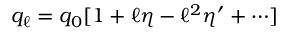
q _ { \ell } = q _ { 0 } [ 1 + \ell \eta - \ell ^ { 2 } \eta ^ { \prime } + \cdots ]